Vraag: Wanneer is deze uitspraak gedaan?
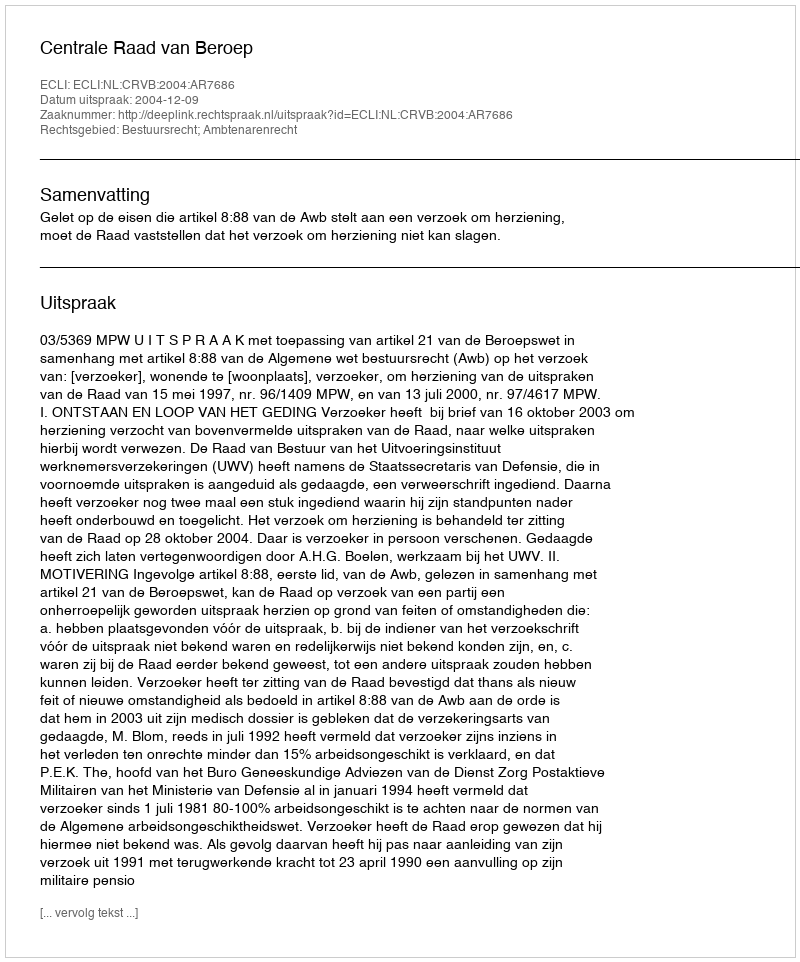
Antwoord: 2004-12-09